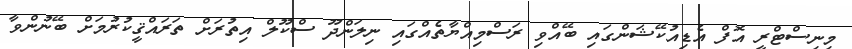
މިނިސްޓްރީ އޮފް އެޑިއުކޭޝަންގައި ބޭއްވި ރަސްމިއްޔާތެއްގައި ނިލަންދޫ ސްކޫލް އިތުރަށް ތަރައްޤީކުރުމަށް ބޭނުންވާ